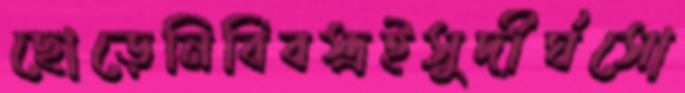
ছোড়েনিবিবস্ত্রইসুদীর্ঘসো